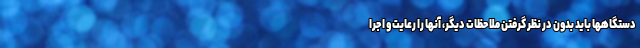
دستگاهها باید بدون در نظر گرفتن ملاحظات دیگر، آنها را رعایت و اجرا